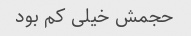
حجمش خیلی کم بود